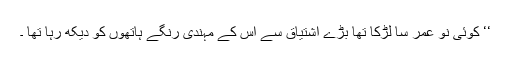
‘‘ کوئی نو عمر سا لڑکا تھا بڑے اشتیاق سے اس کے مہندی رنگے ہاتھوں کو دیکھ رہا تھا ۔